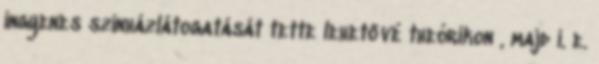
ingyenes színházlátogatását tette lehetővé theórikon , majd i. e.